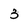
Character: 3